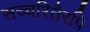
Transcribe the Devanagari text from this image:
सच्चरितैरपि